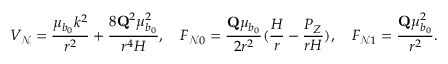
V _ { \mathcal { N } } = \frac { \mu _ { b _ { 0 } } k ^ { 2 } } { r ^ { 2 } } + \frac { 8 \mathbf { Q } ^ { 2 } \mu _ { b _ { 0 } } ^ { 2 } } { r ^ { 4 } H } , \quad F _ { \mathcal { N } 0 } = \frac { \mathbf { Q } \mu _ { b _ { 0 } } } { 2 r ^ { 2 } } ( \frac { H } { r } - \frac { P _ { Z } } { r H } ) , \quad F _ { \mathcal { N } 1 } = \frac { \mathbf { Q } \mu _ { b _ { 0 } } ^ { 2 } } { r ^ { 2 } } .